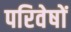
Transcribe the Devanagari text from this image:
परिवेषों